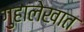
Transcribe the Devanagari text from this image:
गुहालेखात